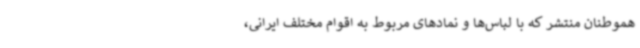
هموطنان منتشر که با لباس‌ها و نمادهای مربوط به اقوام مختلف ایرانی،